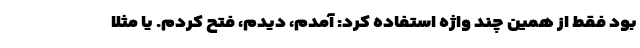
بود فقط از همین چند واژه استفاده کرد: آمدم، دیدم، فتح کردم. یا مثلا